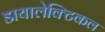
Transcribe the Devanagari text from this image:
डायालेक्टिकल